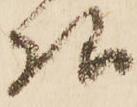
様